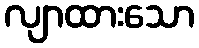
လျာထားသော